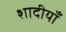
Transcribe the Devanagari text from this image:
शादीयाँ